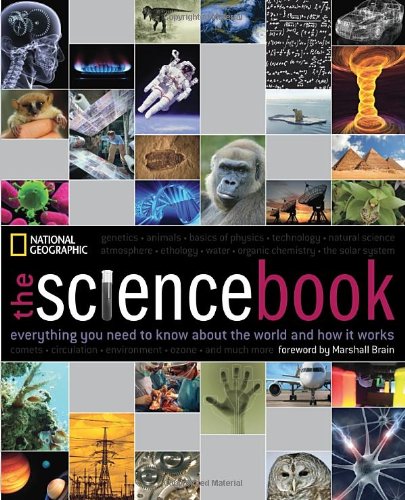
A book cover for The Science Book: Everything You Need to Know About the World and How It Works; National Geographic; Science & Math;